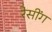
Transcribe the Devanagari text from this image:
रेसींग